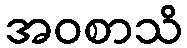
အဝစာသိ